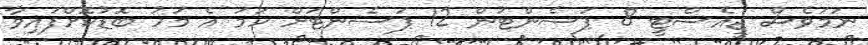
ނަމަވެސް ޖީއެސްޓީ 8 ޕަސެންޓުން 12 ޕަސެންޓަށް ހަމަ އެ މަހު ބޮޑުކޮށްފައިވާ